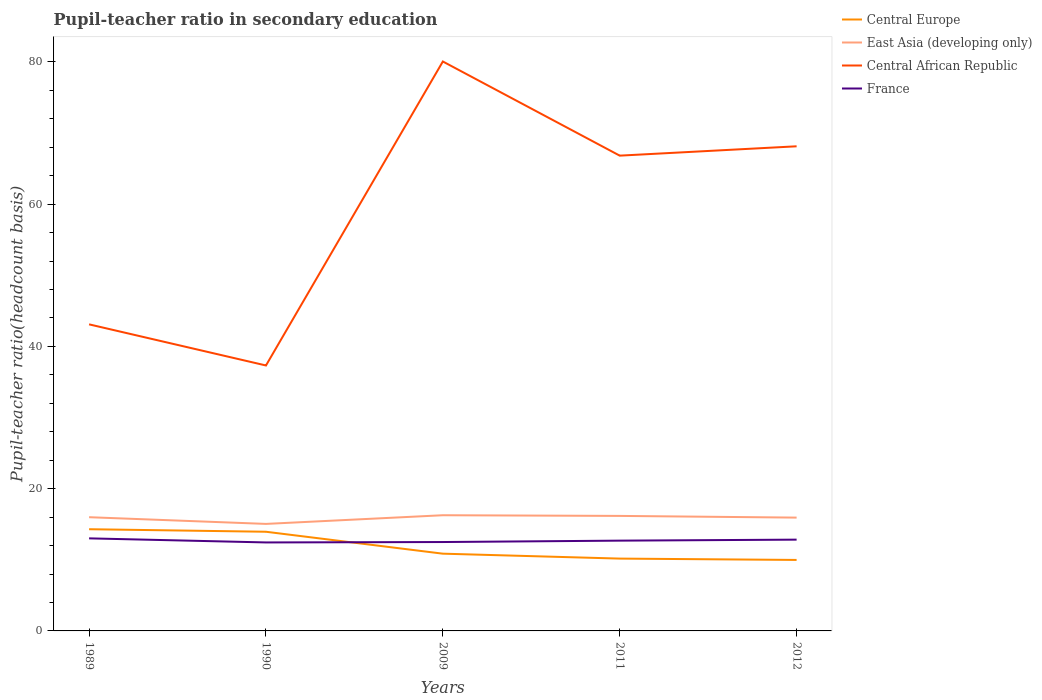
| Years | Central Europe | East Asia (developing only) | Central African Republic | France |
 | --- | --- | --- | --- | --- |
 | 1989 | 14.3 | 16 | 43.1 | 13 |
 | 1990 | 13.9 | 15 | 37.3 | 12.4 |
 | 2009 | 10.9 | 16.3 | 80.1 | 12.5 |
 | 2011 | 10.2 | 16.2 | 66.8 | 12.7 |
 | 2012 | 9.98 | 15.9 | 68.1 | 12.8 |